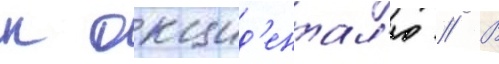
к окцид'ентал'ю // В